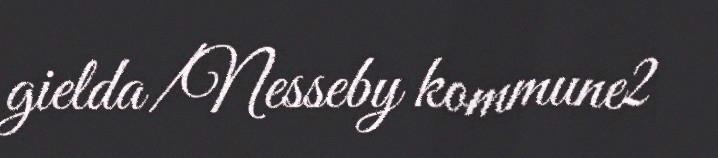
gielda/Nesseby kommune2